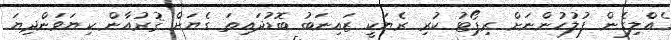
ގެއްލިގެން ފުލުހުންނަށް ރިޕޯޓު ކުރި ރެޔަކީ ޒައިނަބު ބޮޑުދައިތަ ގެޔަށް ޤުރުއާން ކިޔަވަންދިޔަ